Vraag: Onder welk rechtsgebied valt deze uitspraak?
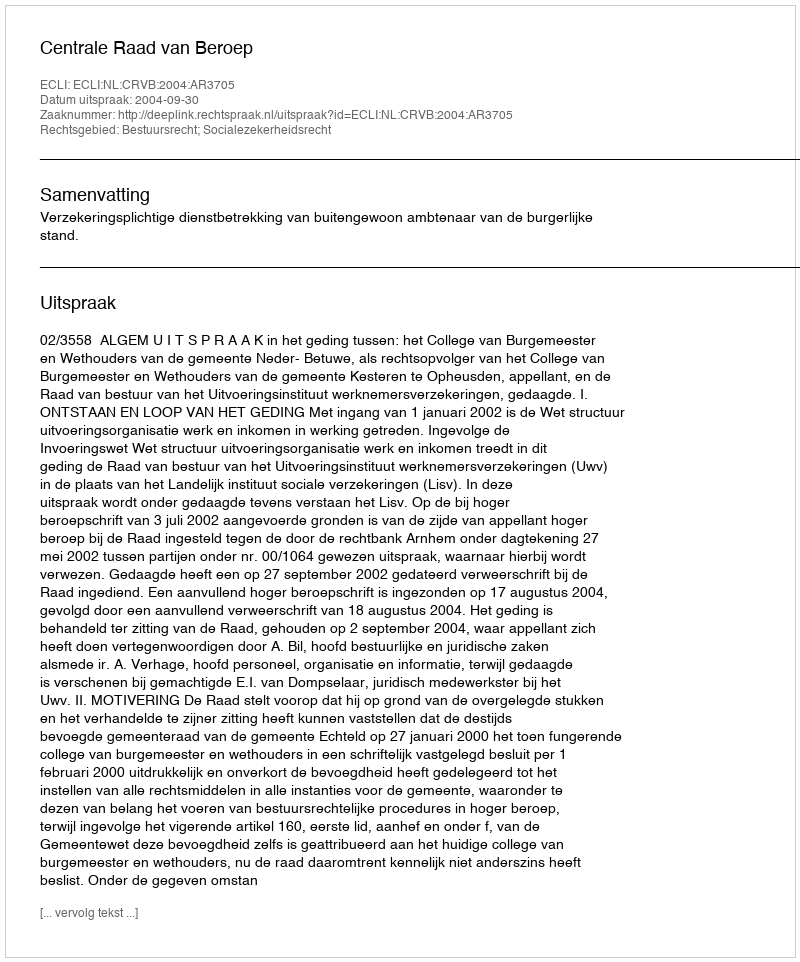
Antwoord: Bestuursrecht; Socialezekerheidsrecht